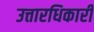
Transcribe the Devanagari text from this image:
उत्तारधिकारी